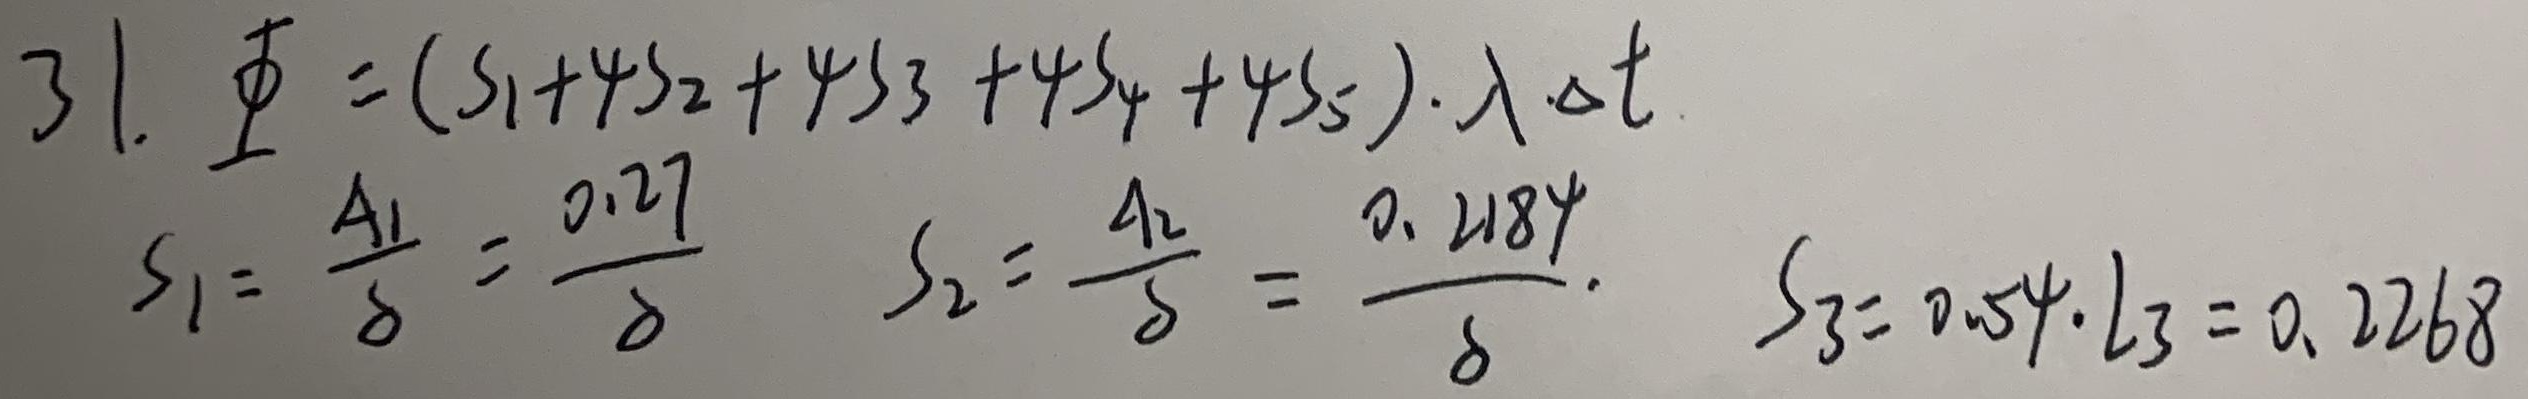
31.
\[
\begin{align*}
\varPhi&=(S_1 + 4S_2+4S_3 + 4S_4+4S_5)\cdot\lambda\Delta t\\
S_1&=\frac{A_1}{\delta}=\frac{0.27}{\delta}\\
S_2&=\frac{A_2}{\delta}=\frac{0.2184}{\delta}\\
S_3& = 0.54\cdot l_3 = 0.2268
\end{align*}
\]